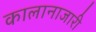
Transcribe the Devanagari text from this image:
कालानाजारी